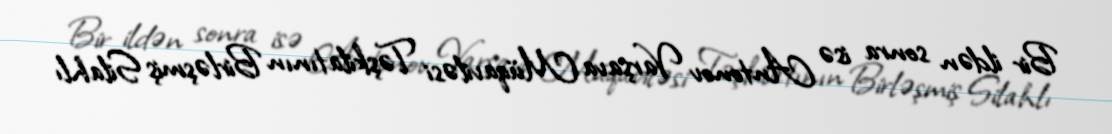
Bir ildən sonra isə Antonov Varşava Müqaviləsi Təşkilatının Birləşmiş Silahlı